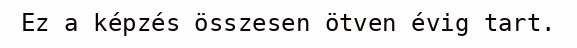
Ez a képzés összesen ötven évig tart.